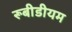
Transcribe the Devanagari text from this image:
रूबीडीयम